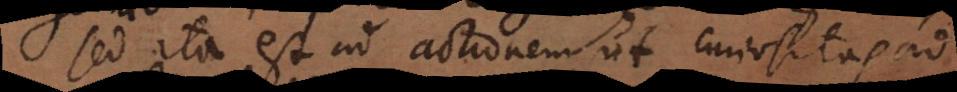
sed ita est ad actionem ut curiositas ad